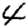
Digit: 4